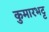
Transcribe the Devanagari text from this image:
कुमारभट्ट